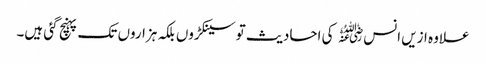
علاوہ ازیں انس﷜ کی احادیث تو سینکڑوں بلکہ ہزاروں تک پہنچ گئی ہیں۔